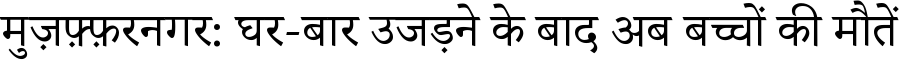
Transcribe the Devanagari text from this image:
मुज़फ़्फ़रनगर: घर-बार उजड़ने के बाद अब बच्चों की मौतें